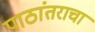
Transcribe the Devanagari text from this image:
पाठांतराचा